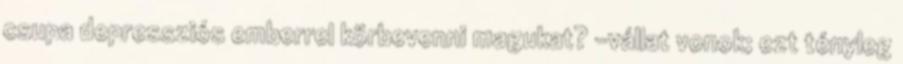
csupa depressziós emberrel körbevenni magukat? -vállat vonok; ezt tényleg